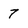
Character: 7